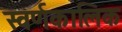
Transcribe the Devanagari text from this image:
स्वर्णकालिक